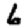
Digit: 6